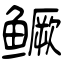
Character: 鳜